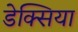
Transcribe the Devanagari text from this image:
डेक्सिया